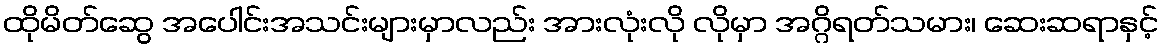
ထိုမိတ်ဆွေ အပေါင်းအသင်းများမှာလည်း အားလုံးလို လိုမှာ အဂ္ဂိရတ်သမား၊ ဆေးဆရာနှင့်